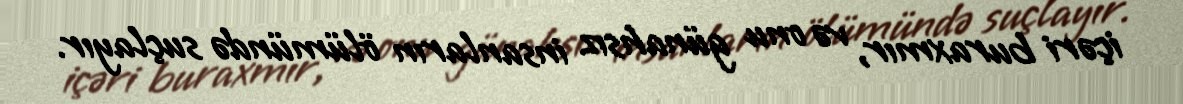
içəri buraxmır, və onu günahsız insanların ölümündə suçlayır.